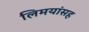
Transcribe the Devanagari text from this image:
लिमयांसह